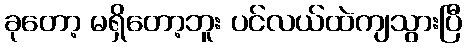
ခုတော့ မရှိတော့ဘူး ပင်လယ်ထဲကျသွားပြီ